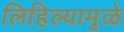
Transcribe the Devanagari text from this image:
लिहिल्यामुळे